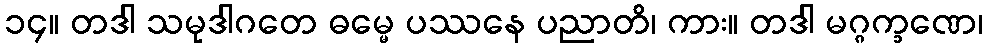
၁၄။ တဒါ သမုဒါဂတေ ဓမ္မေ ပဿနေ ပညာတိ၊ ကား။ တဒါ မဂ္ဂက္ခဏေ၊